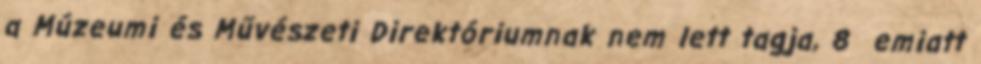
a Múzeumi és Művészeti Direktóriumnak nem lett tagja, 8 emiatt